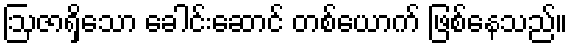
ဩဇာရှိသော ခေါင်းဆောင် တစ်ယောက် ဖြစ်နေသည်။